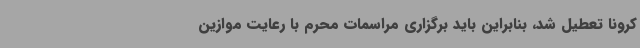
کرونا تعطیل شد، بنابراین باید برگزاری مراسمات محرم با رعایت موازین